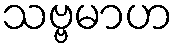
သဗ္ဗမာဟ